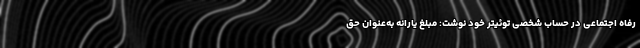
رفاه اجتماعی در حساب شخصی توئیتر خود نوشت: مبلغ یارانه به‌عنوان حق